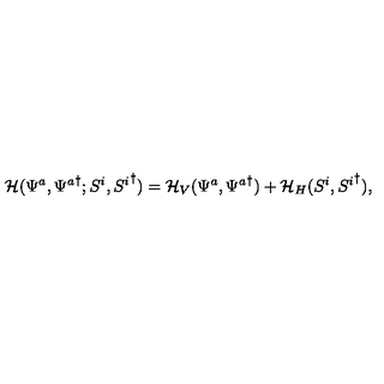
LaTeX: { \cal { H } } ( \Psi ^ { a } , { \Psi ^ { a } } ^ { \dagger } ; S ^ { i } , { S ^ { i } } ^ { \dagger } ) = { \cal { H } } _ { V } ( \Psi ^ { a } , { \Psi ^ { a } } ^ { \dagger } ) + { \cal { H } } _ { H } ( S ^ { i } , { S ^ { i } } ^ { \dagger } ) ,